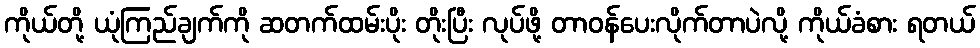
ကိုယ်တို့ ယုံကြည်ချက်ကို ဆတက်ထမ်းပိုး တိုးပြီး လုပ်ဖို့ တာဝန်ပေးလိုက်တာပဲလို့ ကိုယ်ခံစား ရတယ်